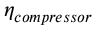
\eta _ { c o m p r e s s o r }